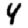
Digit: 4